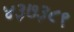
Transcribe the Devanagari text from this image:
४३७३८९